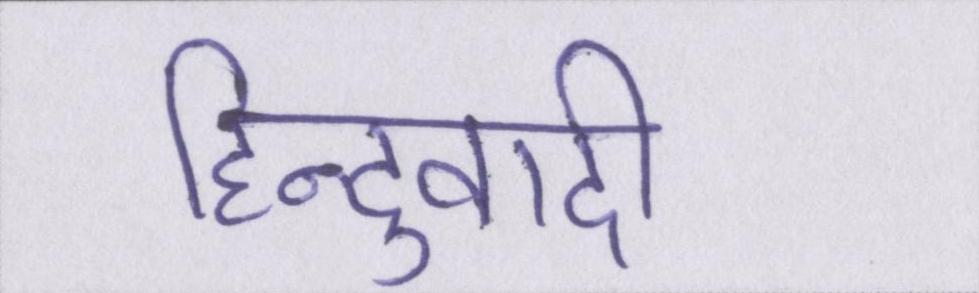
हिन्दुवादी